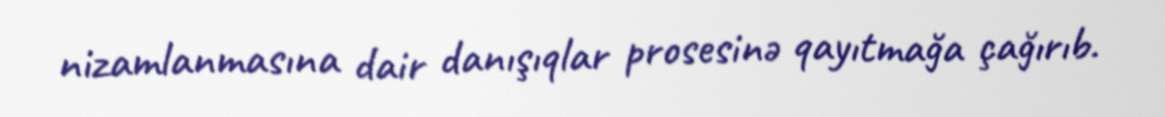
nizamlanmasına dair danışıqlar prosesinə qayıtmağa çağırıb.